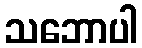
သဘောပါ